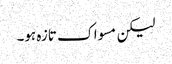
لیکن مسواک تازہ ہو۔